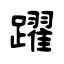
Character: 躍